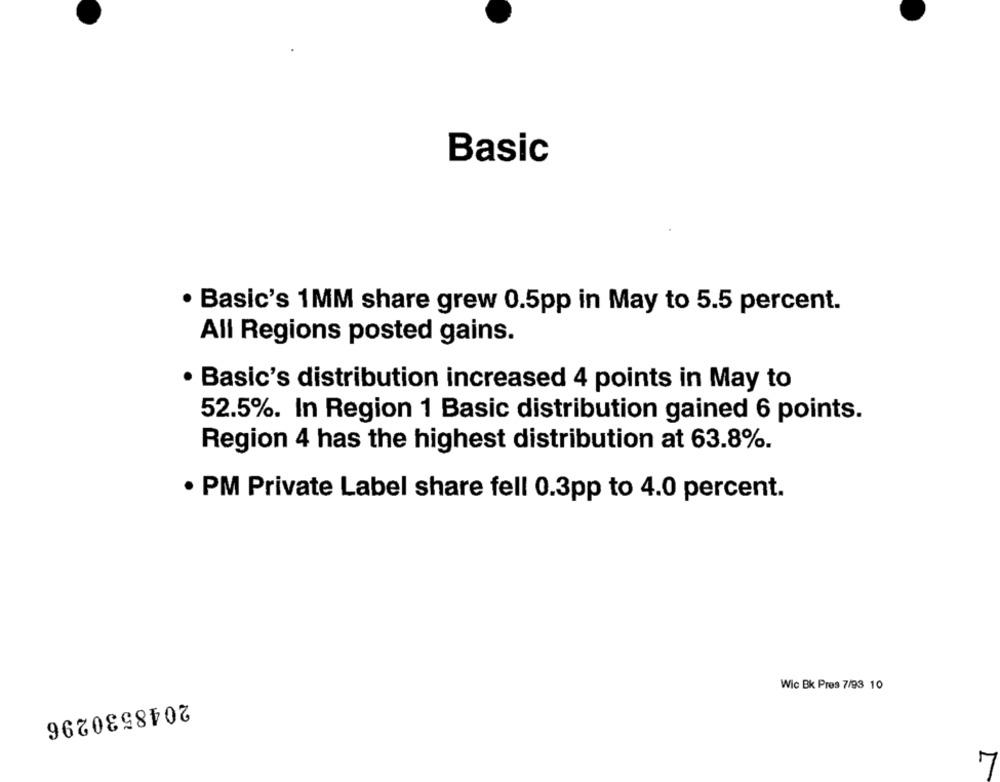
Basic
· Basic's 1MM share grew 0.5pp in May to 5.5 percent.
All Regions posted gains.
Basic's distribution increased 4 points in May to
52.5%. In Region 1 Basic distribution gained 6 points.
Region 4 has the highest distribution at 63.8%.
· PM Private Label share fell 0.3pp to 4.0 percent.
Wic Bk Pres 7/93 10
2048530296
7